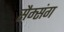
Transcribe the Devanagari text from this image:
सैम्संग